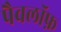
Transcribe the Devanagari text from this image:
पैवलॉफ़